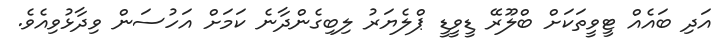
އަދި ބައެއް ޓީވީތަކަށް ބްލޫރޭ ޑީވީީޑީ ޕްލެޔަރު ލިބިގެންދާނެ ކަމަށް އަހުސަން ވިދާޅުވިއެވެ.